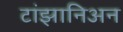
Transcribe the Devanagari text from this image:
टांझानिअन